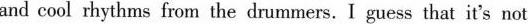
and cool rhythms from the drummers. I guess that it's not